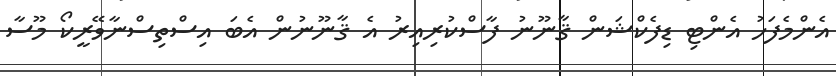
އެންމެފަހު އެންޓި ޑިފެކްޝަން ޤާނޫނު ފާސްކުރިއިރު އެ ޤާނޫނުން އެބަ އިސްތިސްނާވޭރީކޯ މޫސާ